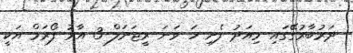
ދަރުބާރުގޭގައި މިއަދު ފެށި ހަ ވަނަ ރީޖަނަލް 3 އާރު ފޯރަމް އަކީ